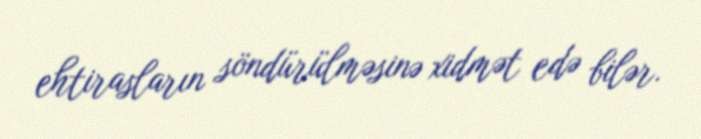
ehtirasların söndürülməsinə xidmət edə bilər.